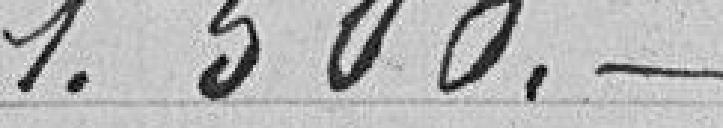
1.500 francs